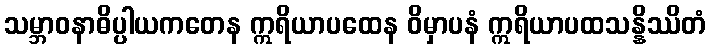
သမ္ဘာဝနာဓိပ္ပါယကတေန ဣရိယာပထေန ဝိမှာပနံ ဣရိယာပထသန္နိဿိတံ